Preliminary report on an investigation into the etiology of Oriental sore in Cambay - Number 50
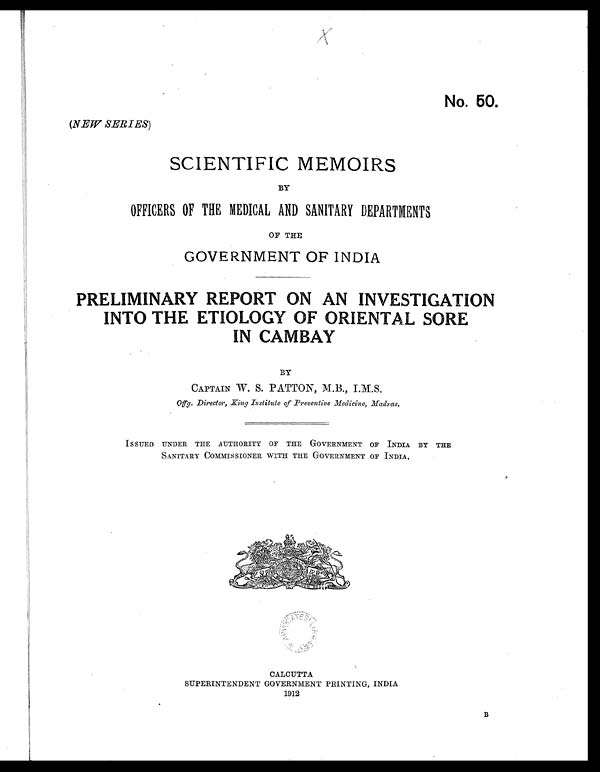
No. 50.
(NEW SERIES)
SCIENTIFIC MEMOIRS
BY
OFFICERS OF THE MEDICAL AND SANITARY DEPARTMENTS
OF THE
GOVERNMENT OF INDIA
PRELIMINARY REPORT ON AN INVESTIGATION
INTO THE ETIOLOGY OF ORIENTAL SORE
IN CAMBAY
BY
CAPTAIN W. S. PATTON, M.B., I.M.S.
O f f g . D i r e c t o r , K i n g I n s t i t u t e o f P r e v e n t i v e M e d i c i n e , M a d r a s .
ISSUED UNDER THE AUTHORITY OF THE GOVERNMENT OF INDIA BY THE
SANITARY COMMISSIONER WITH THE GOVERNMENT OF INDIA,
CALCUTTA
SUPERINTENDENT GOVERNMENT PRINTING, INDIA
1912